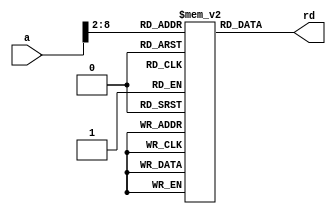
//`include "xgriscv_defines.v"

module imem(input  [31:0]   a,
            output [31:0]  rd);

  reg  [31:0] RAM[127:0];

  assign rd = RAM[a[8:2]]; // instruction size aligned
endmodule


module dmem(input                     clk, we,
            input  [31:0]        a, wd,
            input  [31:0]   pc,
            output [31:0]        rd);

  reg  [31:0] RAM[127:0];

  always @(negedge clk) begin
    if (we) begin
        RAM[a[8:2]] <= wd;          	  // sw

        $display("pc = %h: dataaddr = %h, memdata = %h", pc, {a[31:2],2'b00}, wd);
  	  end
    end
      
  assign rd = RAM[a[8:2]]; // word aligned (read word)

endmodule